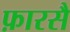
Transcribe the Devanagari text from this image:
फ़ारसै